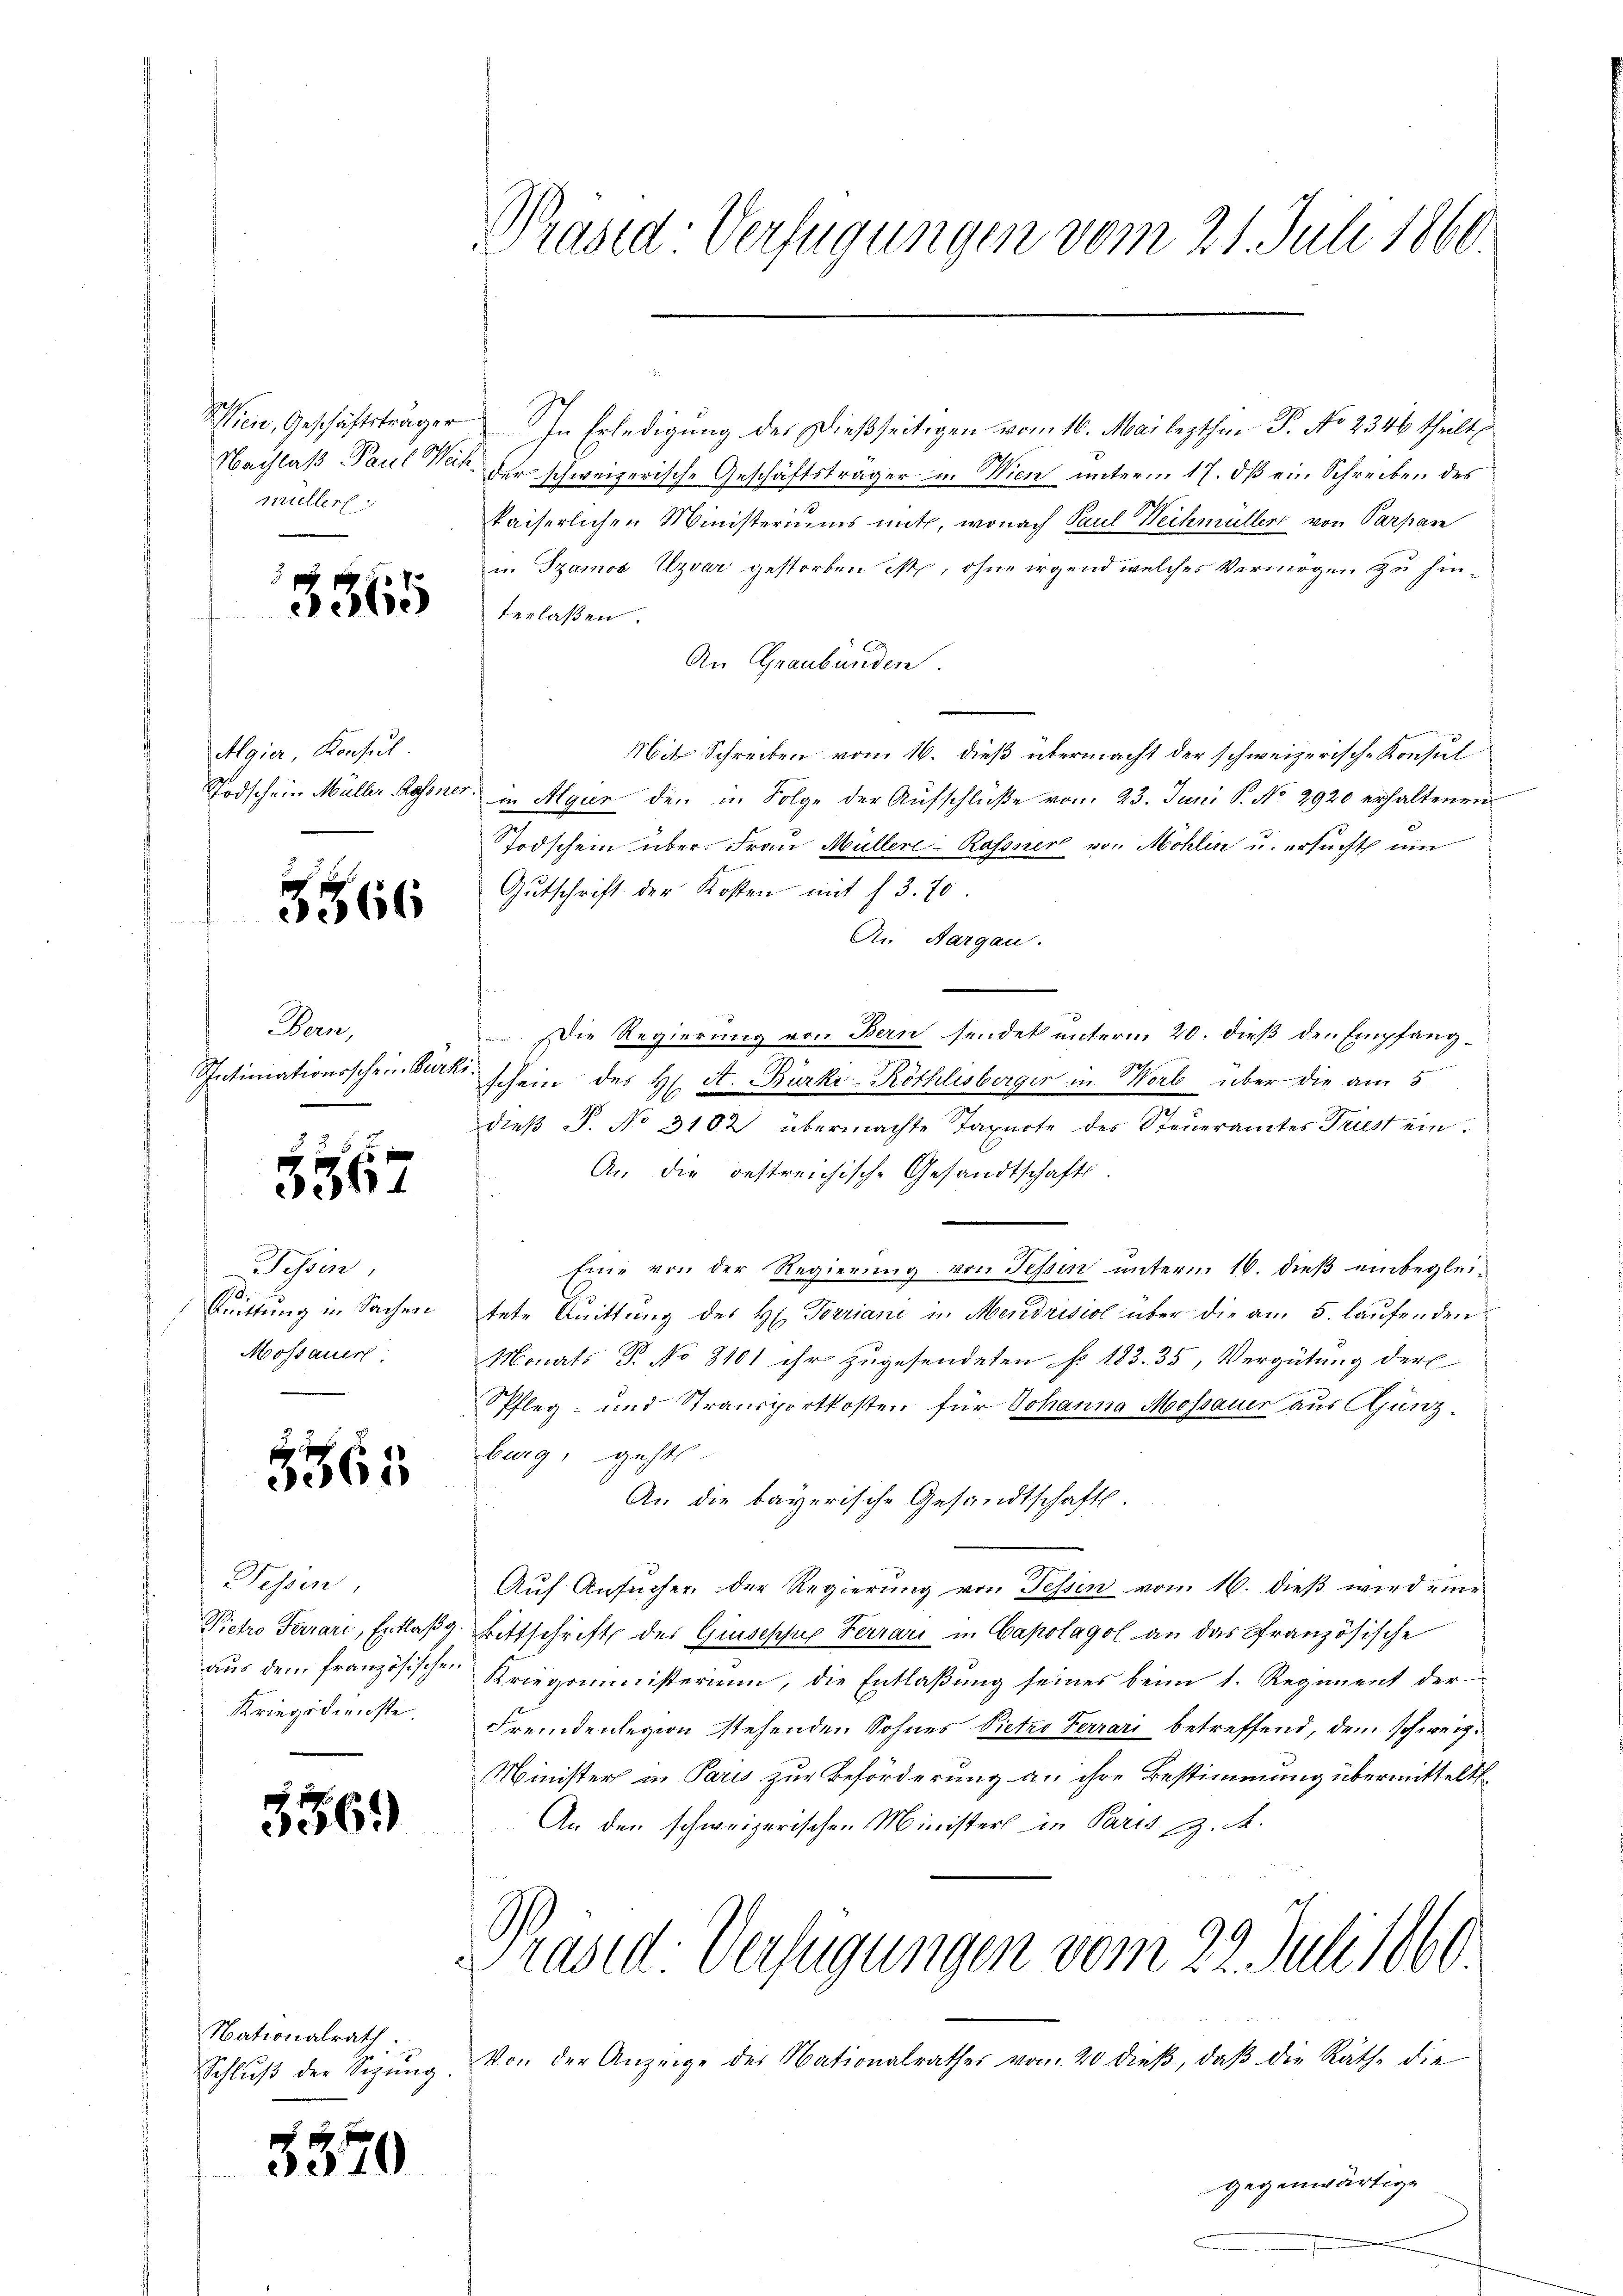
müller

3365

Algier, Konsul

3566

Berne,
Intimationsschein Burn

x
367

Tessin,
Quittung in Sachen
Mossauer

5565

Fessen,
Pietro Ferrari, Entlaßg
Kriegsdienste.

35

Nationalrath
Schluß der Sigung

35

61)

20

Prasid-Verfügungen vom 21. Juli 1860.

Wien, Geschäftsträger In Erledigŭng des dießseitigen vom 16. Mai lezthin P. No 2346 theilt,
Nachlaß Paul Weit der schweizerische Geschäftsträger in Wien unterm 17. dβ ein Schreiben des
kaiserlichen Ministeriums mit, wonach Paul Weihmüller von Parpar
u. Szamos Uzvar gestorben ist, ohne irgend welches Vermögen zu hinterlaßen.
An Graubünden.
Mit Schreiben vom 16. dieß übermacht der schweizerisch-Konsul
Todschein Müller Rassner, in Algur den in Folge der Aufschlüße vom 23. Juni S. No 2920 erhaltenen
Todschein über. Frau Müllere Rossner von Mohlin u. ersucht ein
Gutschrift der Kosten mit f 3. 70.
An Aargau.
.Die Regierung von Bern sendet unterm 20. dieß den Empfang¬
Er.
schein des H. A. Burki-Röthlisberger in Worb über die am 5.
dieß P. No 3102 übermachte Taxarte des Steueramtes Triest ein.
An die bestreichische Gesandtschafts
Eine von der Regierung von Fessen unterm 16. dieß einbegleitete Quittung des H. Vorriani in Mendrisiol über die am 5. laufenden
Monats P. No 8101 ihr zugesendeten § 183. 35, Vergütung der
Pfleg- und Stransportkosten für Johanna Mossauer aus Ajunzburg, geht.
An die bayerische Gesandtschaft.
Auf Ansuchen der Regierung von Tessin vom 16. dieß wird eine
Bittschrift des Giusepsup Ferrari in Capolagol an das Französische
aus dem französischen Kriegsministerium, die Entlaßung seines beim 1. Regiment der
Fremdenlegion stehenden Sohnes Vietzo Ferrari betreffend, dem schweig¬
Minister in Paris zur Beförderung an ihre Bestimmung übermittelt
An den schweizerischen Ministers in Paris z. A.
Präsid. Verfügungen vom 22. Juli 1860.
Von der Anzeige des Nationalrathes vom 20 dieβ, daβ die Räthe die
gegenwärtige